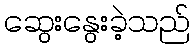
ဆွေးနွေးခဲ့သည်